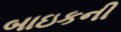
બાઇકની